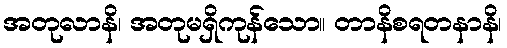
အတုလာနိ၊ အတုမရှိကုန်သော။ တာနိစရတနာနိ၊